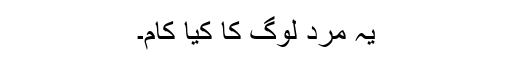
یہ مرد لوگ کا کیا کام۔